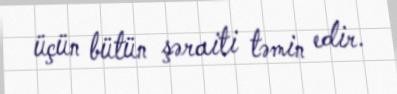
üçün bütün şəraiti təmin edir.